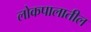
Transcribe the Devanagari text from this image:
लोकपालातील